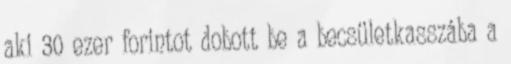
aki 30 ezer forintot dobott be a becsületkasszába a